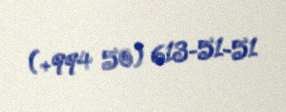
(+994 50) 613-51-51